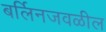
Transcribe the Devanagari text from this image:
बर्लिनजवळील